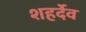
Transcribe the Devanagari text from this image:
शहर्देव